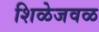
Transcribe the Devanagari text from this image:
शिळेजवळ